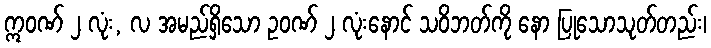
ဣဝဏ် ၂ လုံး, လ အမည်ရှိသော ဥဝဏ် ၂ လုံးနောင် သဝိဘတ်ကို နော ပြုသောသုတ်တည်း၊